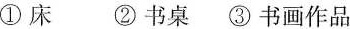
①床②书桌③书画作品